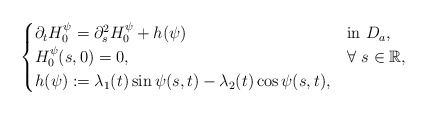
\begin{align*} \begin{cases}\partial_t H^{\psi}_0=\partial_s^2 H^{\psi}_0+h(\psi) &\mbox{in}~D_{a},\\H^{\psi}_0 (s,0)=0, &\forall~s\in\mathbb{R}, \\h(\psi):=\lambda_1(t)\sin \psi(s,t)-\lambda_2(t)\cos \psi(s,t), \end{cases}\end{align*}